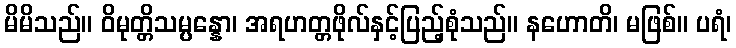
မိမိသည်။ ဝိမုတ္တိသမ္ပန္နော၊ အရဟတ္တဖိုလ်နှင့်ပြည့်စုံသည်။ နဟောတိ၊ မဖြစ်။ ပရံ၊